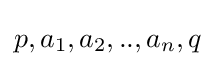
p,a_{1},a_{2},..,a_{n},q